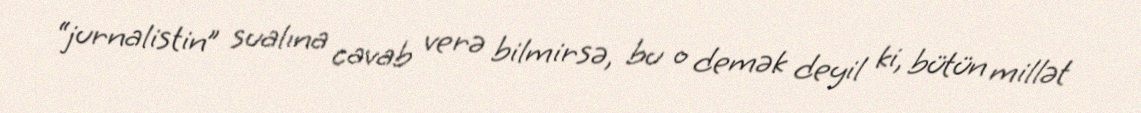
“jurnalistin” sualına cavab verə bilmirsə, bu o demək deyil ki, bütün millət